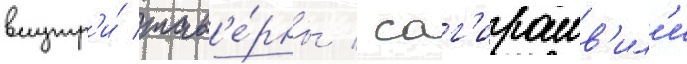
внутр'и́ тав'е́рны / саг'ирашв'ил'и